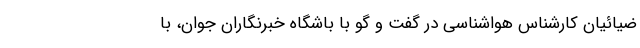
ضیائیان کارشناس هواشناسی در گفت و گو با باشگاه خبرنگاران جوان، با